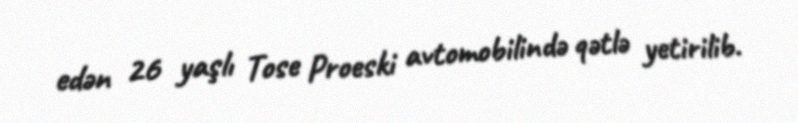
edən 26 yaşlı Tose Proeski avtomobilində qətlə yetirilib.